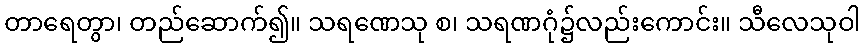
တာရေတွာ၊ တည်ဆောက်၍။ သရဏေသု စ၊ သရဏဂုံ၌လည်းကောင်း။ သီလေသုဝါ